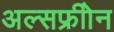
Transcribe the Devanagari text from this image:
अल्सफ्रीोन